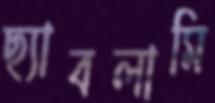
ছ্যাবলামি